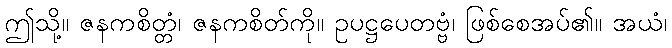
ဤသို့။ ဇနကစိတ္တံ၊ ဇနကစိတ်ကို။ ဥပဋ္ဌပေတဗ္ဗံ၊ ဖြစ်စေအပ်၏။ အယံ၊